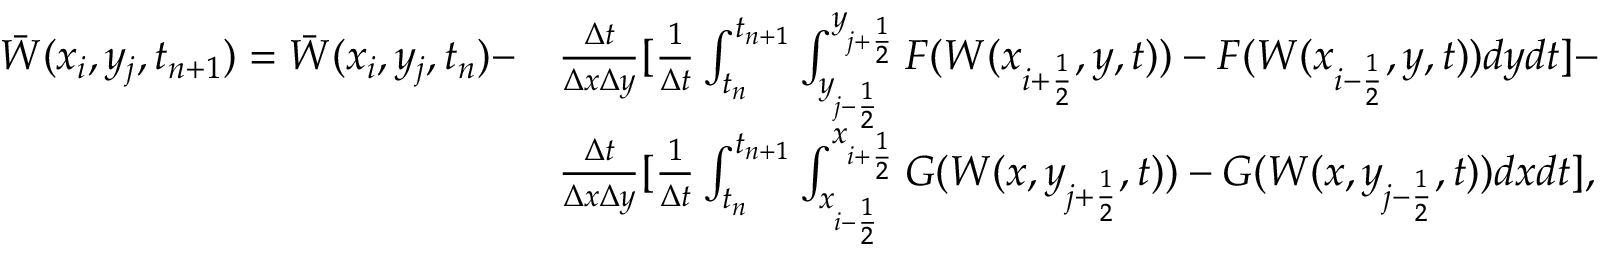
\begin{array} { r l } { \Bar W ( x _ { i } , y _ { j } , t _ { n + 1 } ) = \Bar W ( x _ { i } , y _ { j } , t _ { n } ) - } & { \frac { \Delta t } { \Delta x \Delta y } [ \frac { 1 } { \Delta t } \int _ { t _ { n } } ^ { t _ { n + 1 } } \int _ { y _ { j - \frac { 1 } { 2 } } } ^ { y _ { j + \frac { 1 } { 2 } } } F ( W ( x _ { i + \frac { 1 } { 2 } } , y , t ) ) - F ( W ( x _ { i - \frac { 1 } { 2 } } , y , t ) ) d y d t ] - } \\ & { \frac { \Delta t } { \Delta x \Delta y } [ \frac { 1 } { \Delta t } \int _ { t _ { n } } ^ { t _ { n + 1 } } \int _ { x _ { i - \frac { 1 } { 2 } } } ^ { x _ { i + \frac { 1 } { 2 } } } G ( W ( x , y _ { j + \frac { 1 } { 2 } } , t ) ) - G ( W ( x , y _ { j - \frac { 1 } { 2 } } , t ) ) d x d t ] , } \end{array}